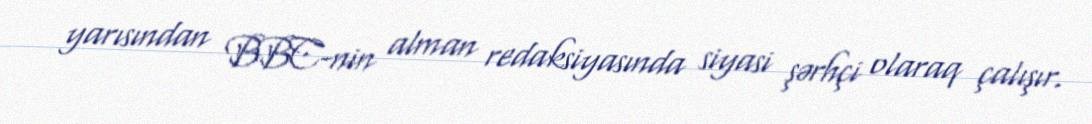
yarısından BBC-nin alman redaksiyasında siyasi şərhçi olaraq çalışır.